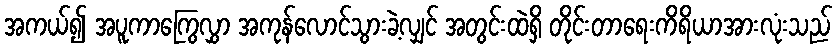
အကယ်၍ အပူကာကြွေလွှာ အကုန်လောင်သွားခဲ့လျှင် အတွင်းထဲရှိ တိုင်းတာရေးကိရိယာအားလုံးသည်